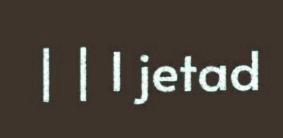
| | I jetad